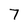
Character: 7